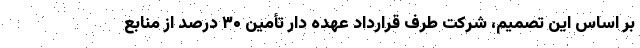
بر اساس این تصمیم، شرکت طرف قرارداد عهده دار تأمین ۳۰ درصد از منابع